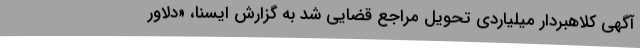
آگهی کلاهبردار میلیاردی تحویل مراجع قضایی شد به گزارش ایسنا، «دلاور